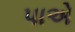
પાએ